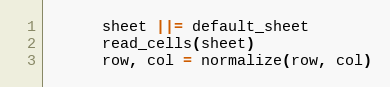
Language: Ruby
      sheet ||= default_sheet
      read_cells(sheet)
      row, col = normalize(row, col)